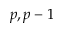
p , p - 1